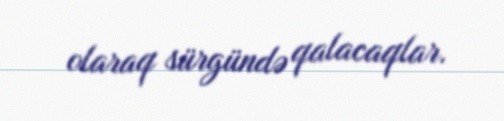
olaraq sürgündə qalacaqlar.